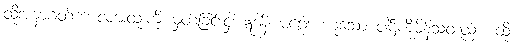
ထိုအနာဂတ်ကာလအထူးကို မှတ်ခြင်းငှါ ဣဒါနိ မဂ္ဂေါ၊ ဟူသော ပါဌ်ကိုမိန့်သတည်း။ ထို၊